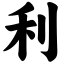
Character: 利